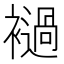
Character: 䙤